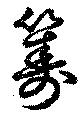
籌